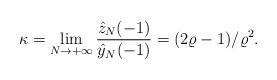
LaTeX: \begin{align*}\kappa = \lim_{N\rightarrow +\infty} \frac{\hat{z}_N(-1)}{\hat{y}_N(-1)} = (2\varrho-1)/\varrho^2.\end{align*}